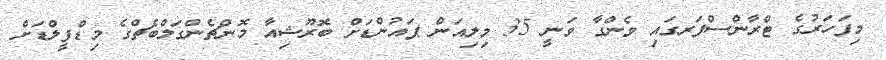
މިފަހަރުގެ ޓްރާންސްފަރގައި ވެންގާ ވަނީ 35 މިލިއަން ޕައުންޑަށް ބޮރޫޝިއާ މޮންޗެންގަލްބެޗްގެ މިޑްފީލްޑަށް